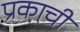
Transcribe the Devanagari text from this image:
प्रकाची